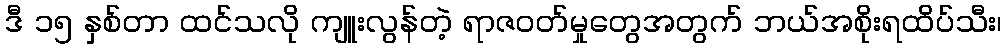
ဒီ ၁၅ နှစ်တာ ထင်သလို ကျူးလွန်တဲ့ ရာဇဝတ်မှုတွေအတွက် ဘယ်အစိုးရထိပ်သီး၊